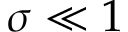
\sigma \ll 1